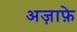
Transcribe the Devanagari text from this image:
अज़ाफ़े